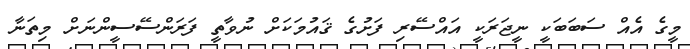
މީގެ އެއް ސަބަބަކީ ނީޖަރަކީ އައްސޭރި ފަށުގެ ޤައުމަކަށް ނުވާތީ ފަރަންސޭސީންނަށް މިތަނާ